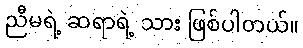
ညီမရဲ့ ဆရာရဲ့ သား ဖြစ်ပါတယ်။